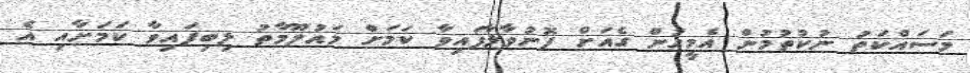
މަސައްކަތު ނުކުތުމުން އެމީހުން ގެއަށް ފޮނުވާލާފައިވާ ކަމަށް މައުލޫމާތު ލިބިފައިވާ ކަމަށާއި އެ